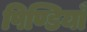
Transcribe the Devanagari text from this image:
पिण्डियाँ